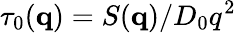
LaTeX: \tau_{0}(\textbf{q})=S(\textbf{q})/D_{0}q^{2}